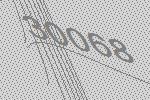
30068